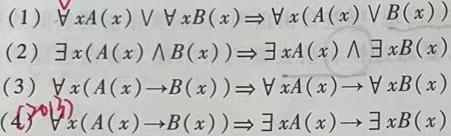
(1) $\forall xA(x)\vee \forall xB(x)\Rightarrow \forall x(A(x)\vee B(x))$
(2) $\exists x(A(x)\wedge B(x))\Rightarrow \exists xA(x)\wedge \exists xB(x)$
(3) $\forall x(A(x)\to B(x))\Rightarrow \forall xA(x)\to \forall xB(x)$
(4) $\forall x(A(x)\to B(x))\Rightarrow \exists xA(x)\to \exists xB(x)$